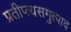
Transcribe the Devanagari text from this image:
प्रतीप्त्यसमुत्पाद